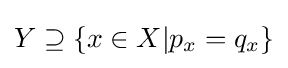
Y\supseteq \{x\in X|p_{x}=q_{x}\}